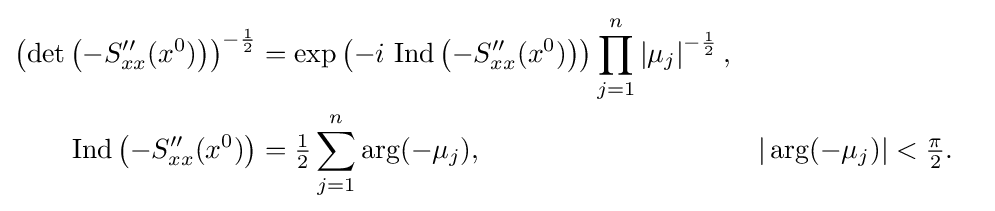
{\begin{aligned}\left(\det \left(-S_{xx}''(x^{0})\right)\right)^{-{\frac {1}{2}}}&=\exp \left(-i{\text{ Ind}}\left(-S_{xx}''(x^{0})\right)\right)\prod _{j=1}^{n}\left|\mu _{j}\right|^{-{\frac {1}{2}}},\\{\text{Ind}}\left(-S_{xx}''(x^{0})\right)&={\tfrac {1}{2}}\sum _{j=1}^{n}\arg(-\mu _{j}),&&|\arg(-\mu _{j})|<{\tfrac {\pi }{2}}.\end{aligned}}